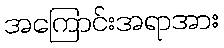
အကြောင်းအရာအား